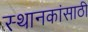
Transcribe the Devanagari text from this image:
स्थानकांसाठी